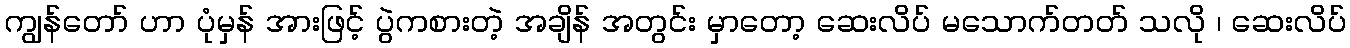
ကျွန်တော် ဟာ ပုံမှန် အားဖြင့် ပွဲကစားတဲ့ အချိန် အတွင်း မှာတော့ ဆေးလိပ် မသောက်တတ် သလို ၊ ဆေးလိပ်